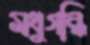
মধুগন্ধি